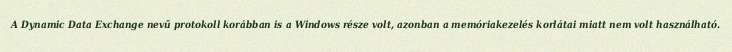
A Dynamic Data Exchange nevű protokoll korábban is a Windows része volt, azonban a memóriakezelés korlátai miatt nem volt használható.